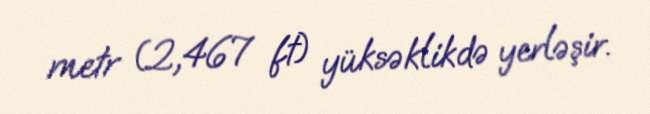
metr (2,467 ft) yüksəklikdə yerləşir.